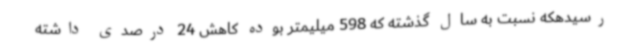
رسیدهکه نسبت به سال گذشته که 598 میلیمتر بوده کاهش 24 درصدی داشته